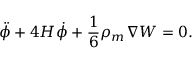
\ddot { \phi } + 4 H \dot { \phi } + \frac { 1 } { 6 } \rho _ { m } \nabla W = 0 .